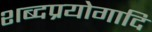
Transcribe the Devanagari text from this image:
शब्दप्रयोगादि